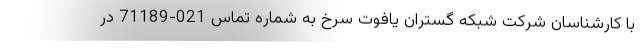
با کارشناسان شرکت شبکه گستران یافوت سرخ به شماره تماس 021-71189 در